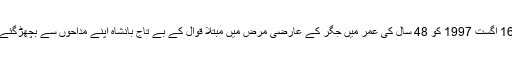
16 اگست 1997 کو 48 سال کی عمر میں جگر کے عارضی مرض میں مبتلا قوال کے بے تاج بادشاہ اپنے مداحوں سے بچھڑگئے۔